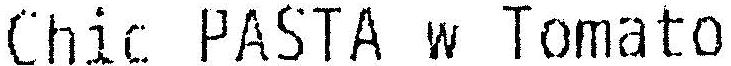
CHIC PASTA W TOMATO